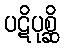
ပဋိပုစ္ဆိ